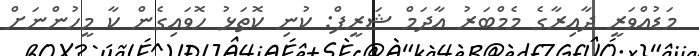
މަޑުއްވަރީ ދާއިރާގެ މެމްބަރު އާދަމް ޝަރީފް: ކުނި ކޮތަޅު ހޮވައިގެން ކާ މީހުންނަށް